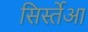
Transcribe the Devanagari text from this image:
सिर्स्तेआ